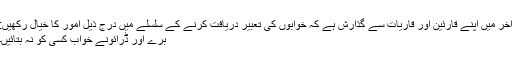
آخر میں اپنے قارئین اور قاریات سے گذارش ہے کہ خوابوں کی تعبیر دریافت کرنے کے سلسلے میں درج ذیل امور کا خیال رکھیں:
برے اور ڈرائونے خواب کسی کو نہ بتائیں۔